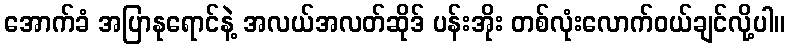
အောက်ခံ အပြာနုရောင်နဲ့ အလယ်အလတ်ဆိုဒ် ပန်းအိုး တစ်လုံးလောက်ဝယ်ချင်လို့ပါ။